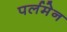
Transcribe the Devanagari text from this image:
पर्लमेन